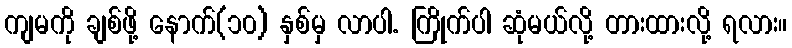
ကျမကို ချစ်ဖို့ နောက်(၁၀) နှစ်မှ လာပါ. ကြိုက်ပါ ဆုံမယ်လို့ တားထားလို့ ရလား။